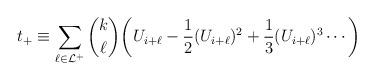
LaTeX: \begin{align*} t _+\equiv \sum_{\ell \in \mathcal{L}^+} \binom{k}{\ell} \biggl( U_{i+\ell} - \frac{1}{2} (U_{i+\ell})^2 + \frac{1}{3} (U_{i+\ell})^3 \cdots \biggr)\end{align*}